Civil Veterinary Dept. Assam report 1911-1927 - 1911-1927
Year: 1911
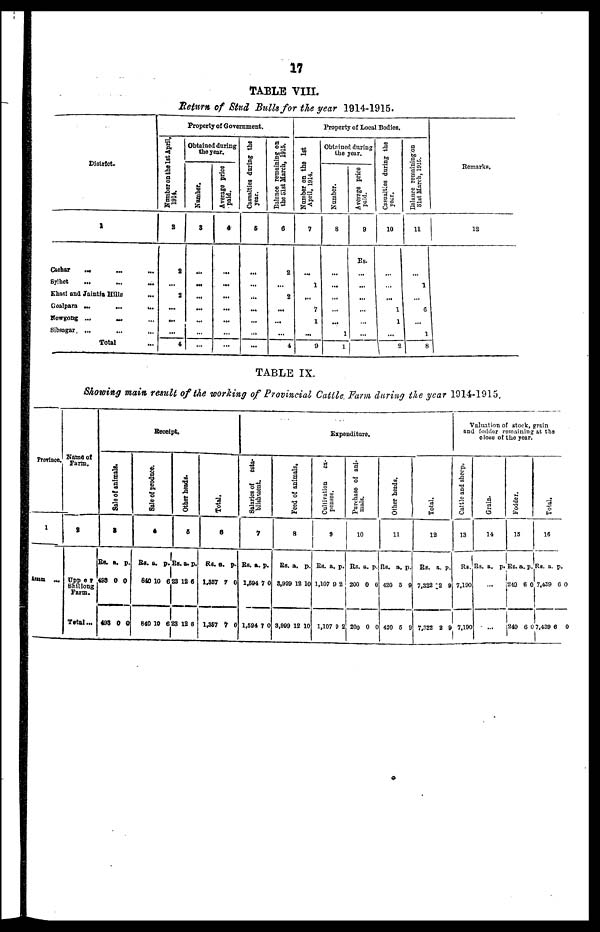
17
TABLE VIII.
Return of Stud Bulls for the year 1914-1915.
District.
1
Cashar ... ... ...
Sylhet ... ... ...
Khasi and Jaintia Hills ...
Goalpara
...
...
...
Nowgong ... ... ...
Sibengar ... ... ...
Total ...
Property of Government.
Number on the lst April,
1914.
2
2
...
2
...
...
...
4
Obtained during
the year.
Number.
2
...
...
...
...
...
...
...
Average price
paid.
4
...
...
...
...
...
...
...
Casustties
during the
year.
5
...
...
...
...
...
...
...
Balance
remaining on the 31st March, 1918
6
2
...
2
...
...
...
4
Property of Local Bodies.
Number on the 1st
April, 1014.
7
...
1
...
7
1
...
9
Obtained during
the year.
Number.
8
...
...
...
...
...
1
1
Averge price
paid.
9
Re.
...
...
...
...
...
...
Casualties during the
year
10
...
...
...
1
1
...
2
Balance remaining on
31st
March, 1915.
11
...
1
...
6
.........
1
8
Remarks.
12
TABLE IX.
Showing main result of the working of Provincial Cattle Farm during the year 1914-1915.
Provinces.
1
ASSAM ...
Name of
Farm.
2
Upper
Shilliong
Farm.
Total ...
Receipt.
Sal e of animals.
3
Rs.
498
408
a.
0
0
p.
0
0
Sale of produce.
4
Rs.
640
840
a.
10
10
p.
6
8
Other heads
5
Rs.
28
88
a.
18
18
p.
6
8
Tot al .
6
Rs.
1,357
1,267
a.
7
7
p.
0
0
Expenditurs.
Salaries of esta-
bl i
s hment .
7
Rs.
1,594
1,694
a.
7
7
p.
0
0
Feed of animals.
8
Rs.
8,999
8,999
a.
18
18
p.
10
10
Cultivation ex-
ponses.
9
Rs.
1,107
1,107
a.
9
9
p.
2
2
Pur c ha s e of ani-
mals.
10
Rs.
200
200
a.
0
0
p.
0
0
Ot her heads.
11
Rs.
420
420
a.
6
5
p.
9
9
Tot al .
12
Rs.
7,322
7,322
a.
2
2
p.
9
9
Valuation of stock, grains
and fodder remaining at the
close
of the year.
Cattle and sheep.
13
Rs.
7,190
7,190
Grain.
14
Rs. a. p.
...
Fodder.
18
Rs.
240
240
a.
6
6
p.
0
0
Total.
1«
Rs.
7,439
7,439
a.
6
6
p.
0
0